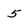
Character: 5